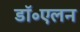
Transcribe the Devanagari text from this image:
डॉ॰एलन